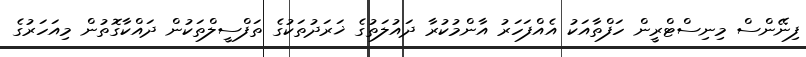
ފިނޭންސް މިނިސްޓްރީން ހަފްތާއަކު އެއްފަހަރު އާންމުކުރާ ދައުލަތުގެ ޚަރަދުތަކުގެ ތަފްސީލްތަކުން ދައްކާގޮތުން މިއަހަރުގެ